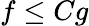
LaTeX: f\leq Cg